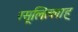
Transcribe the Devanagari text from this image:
रसूलिल्लाह्